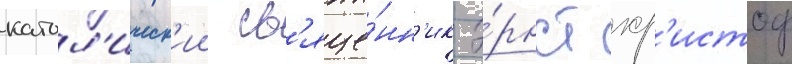
катол'ическ'ии св'яще́нн'ик э́рнст хр'истоф